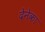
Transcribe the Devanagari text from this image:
देनेका